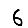
Digit: 6